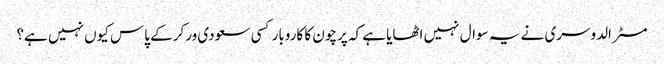
مسٹر الدوسری نے یہ سوال نہیں اٹھایا ہے کہ پرچون کا کاروبار کسی سعودی ورکر کے پاس کیوں نہیں ہے؟